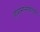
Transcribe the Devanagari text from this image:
हवामानखात्यात